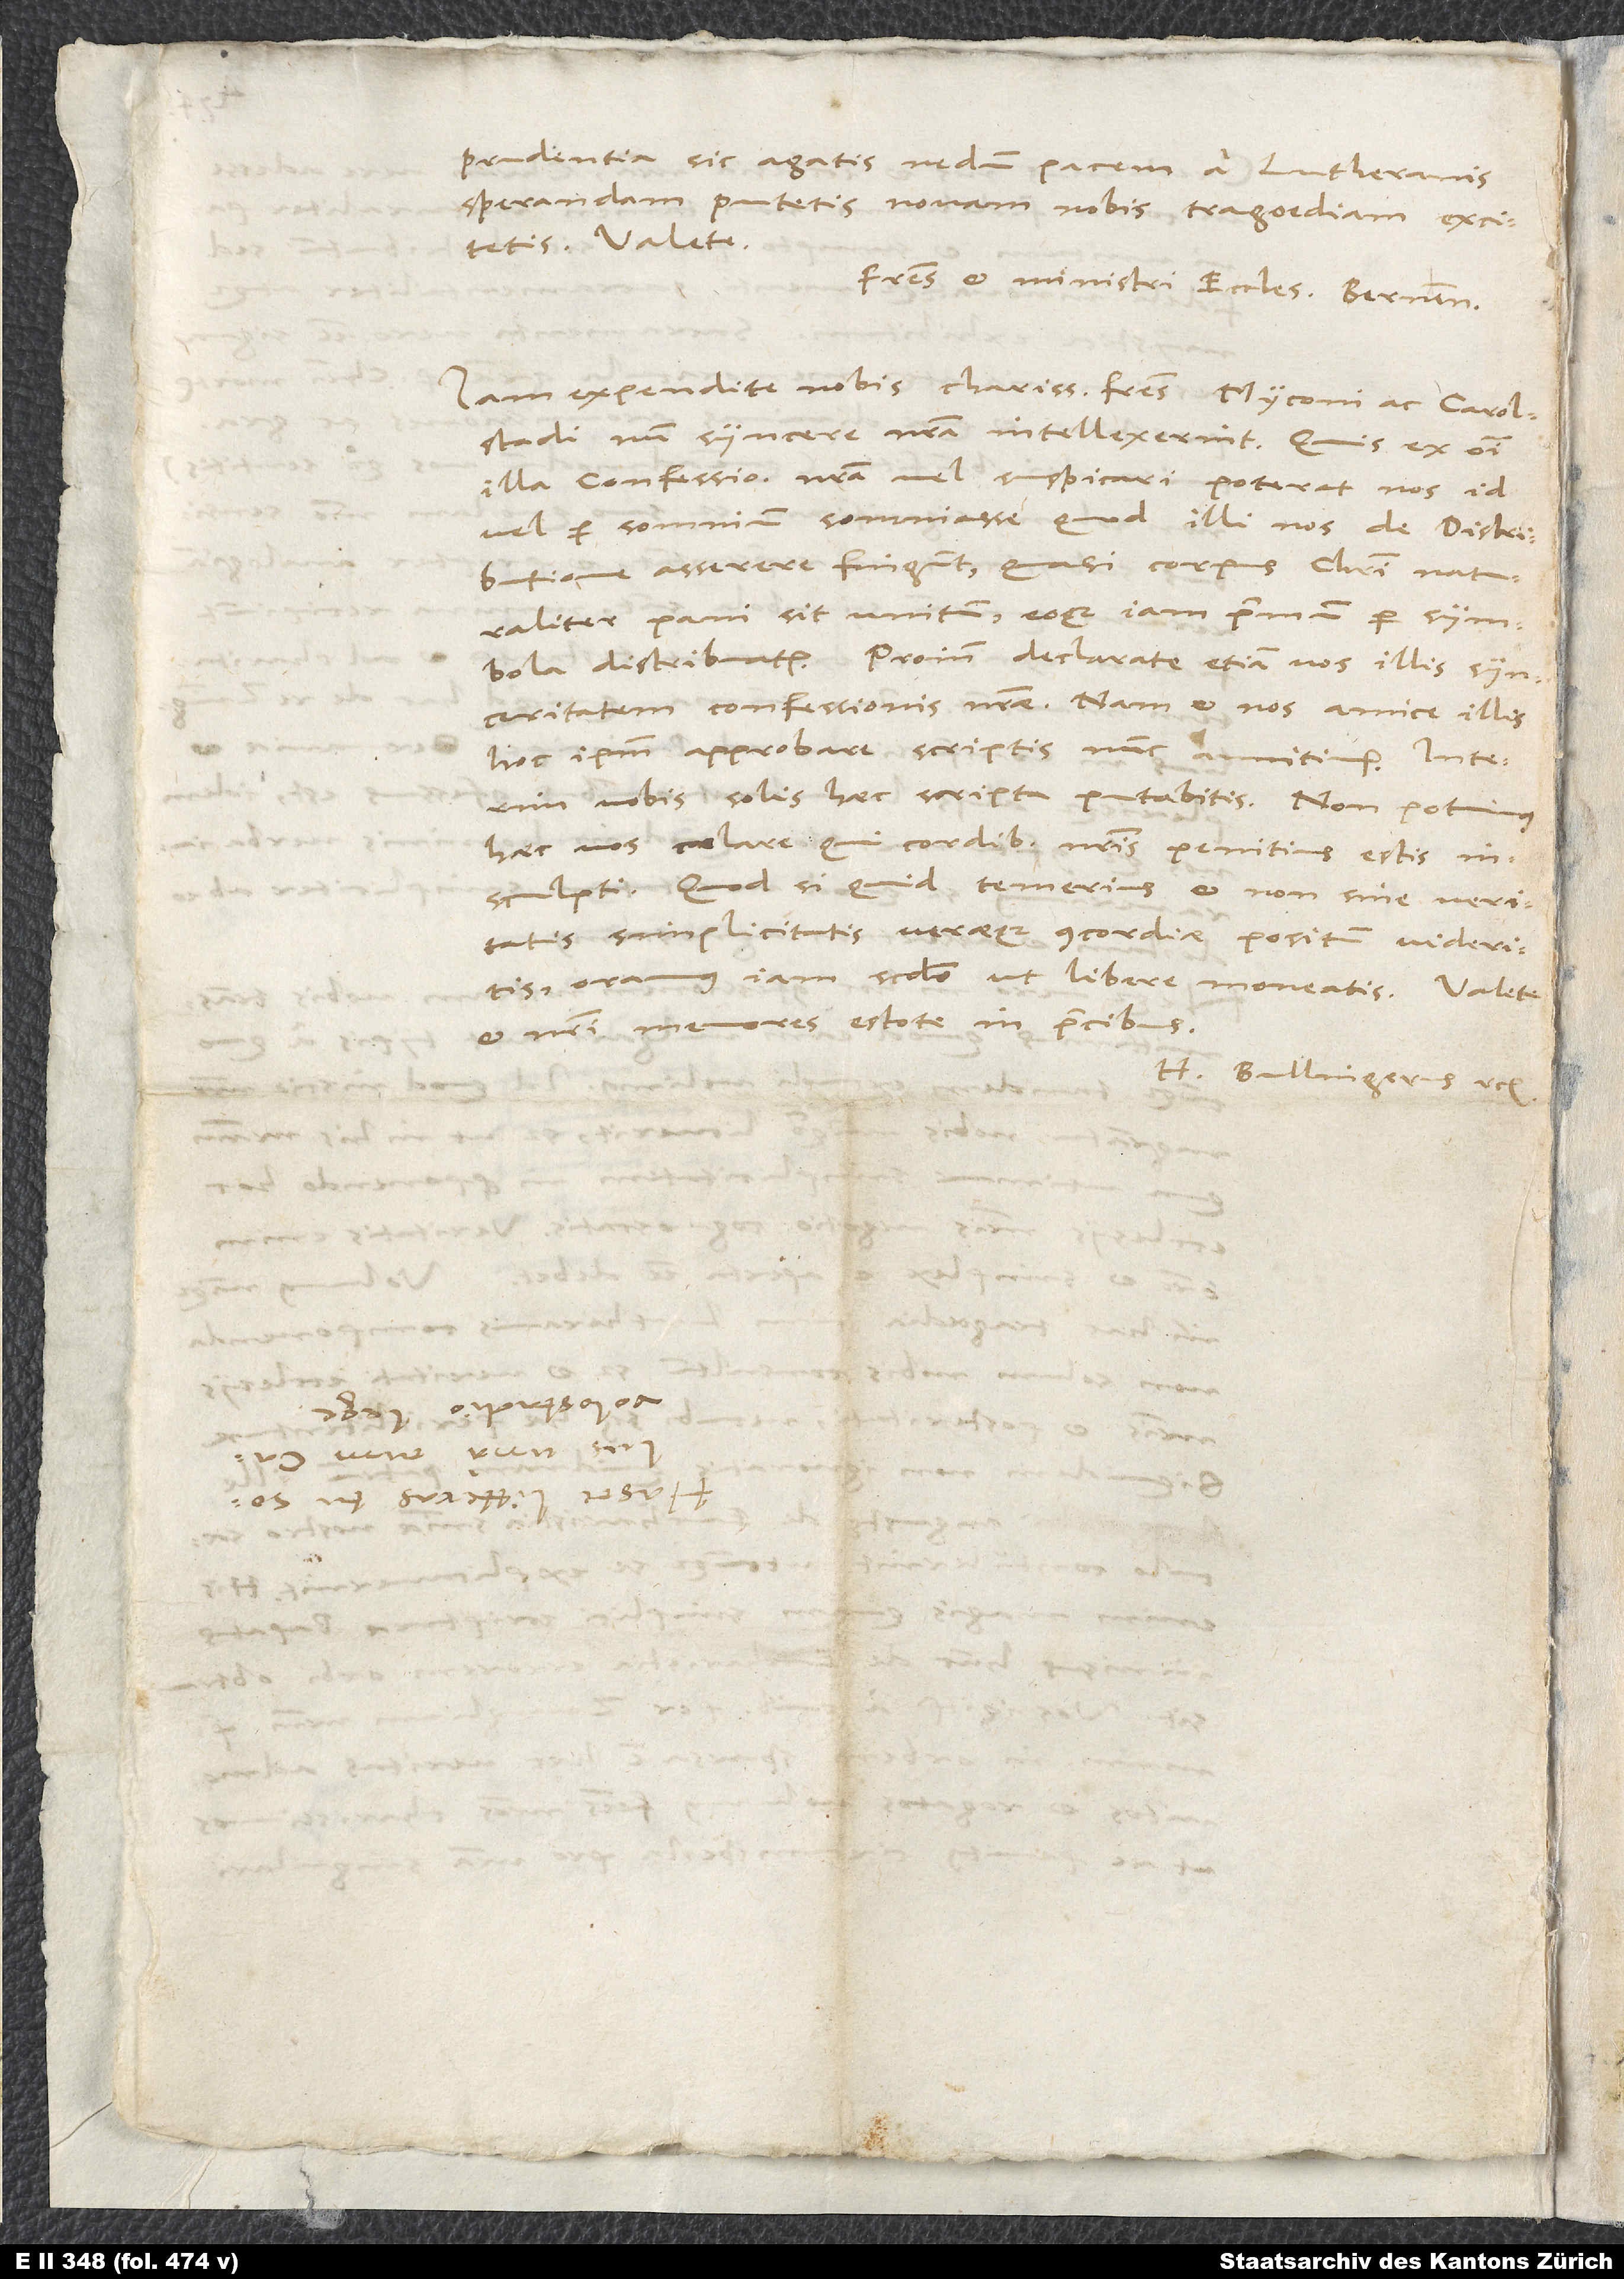
Valete.
Fratres et ministri ecclesiae Bernensis.»
Iam expendite nobis, charissimi fratres Myconi ac Carolstadi,
num syncere nostra intellexerint Quis ex omni
illa confessione nostra vel suspicari poterat nos id
vel per somnium somniasse, quod illi nos de distributione
asserere fingunt, quasi corpus Christi naturaliter
pani sit unitum eoque iam primum per symbola
distribuatur. Proinde deciarate etiam vos illis synceritatern
confessionis nostrae. Nam et nos amice illis
hoc ipsum approbare scriptis nunc annitimur. Interim
vobis sous haec scripta putabitis. Non potuimus
haec vos celare, qui cordibus nostris penitius estis
insculpti. Quod si quid temenus et non sine veritatis,
simplicitatis veraeque concordiae positum videritis,
oramus iam secundo, ut libere moneatis.
et nostri memores estote in precibus.
H. Bullingerus etc.